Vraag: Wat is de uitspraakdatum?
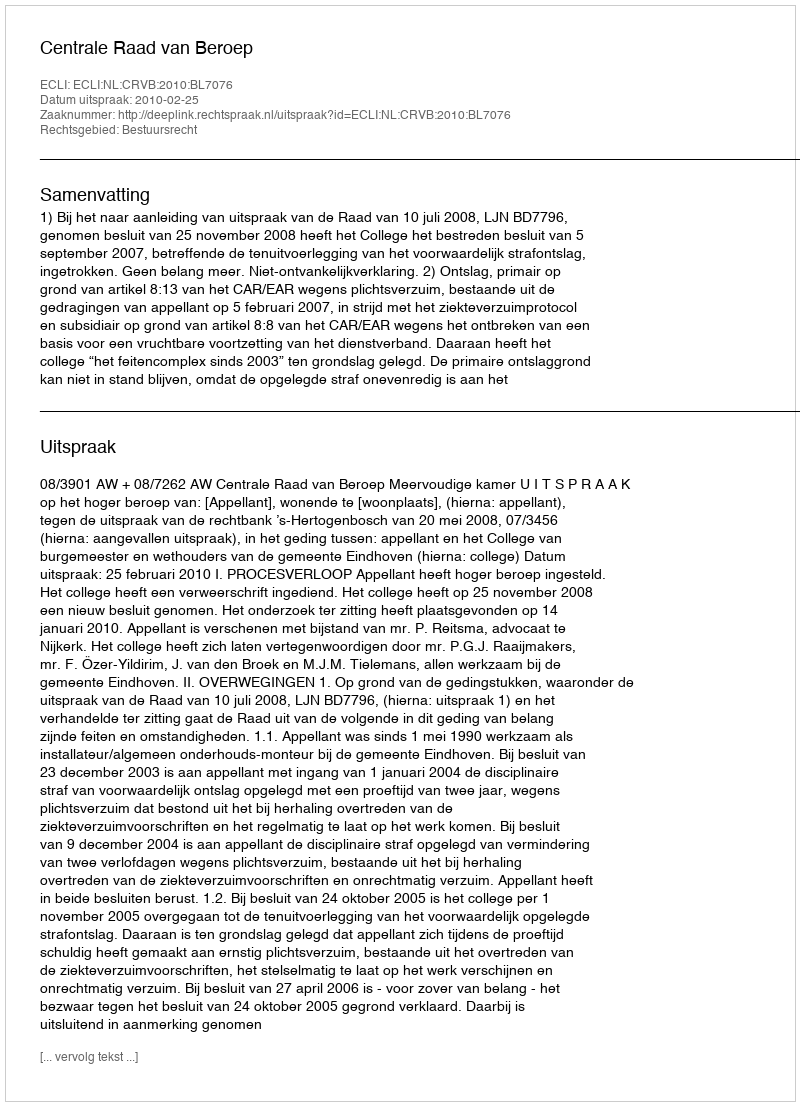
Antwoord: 2010-02-25